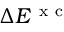
\Delta E ^ { \mathrm { ~ x ~ c ~ } }